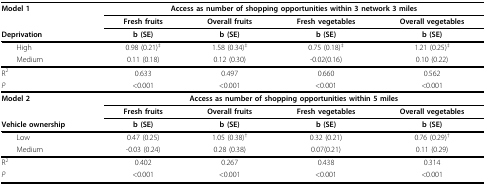
<table><thead><tr><td><b>Model 1</b></td><td colspan="4"><b>Access as number of shopping opportunities within 3 network 3 miles</b></td></tr><tr><td></td><td><b>Fresh fruits</b></td><td><b>Overall fruits</b></td><td><b>Fresh vegetables</b></td><td><b>Overall vegetables</b></td></tr><tr><td><b>Deprivation</b></td><td><b>b (SE)</b></td><td><b>b (SE)</b></td><td><b>b (SE)</b></td><td><b>b (SE)</b></td></tr></thead><tbody><tr><td> High</td><td>0.98 (0.21)<sup>‡</sup></td><td>1.58 (0.34)<sup>‡</sup></td><td>0.75 (0.18)<sup>‡</sup></td><td>1.21 (0.25)<sup>‡</sup></td></tr><tr><td> Medium</td><td>0.11 (0.18)</td><td>0.12 (0.30)</td><td>-0.02(0.16)</td><td>0.10 (0.22)</td></tr><tr><td>R<sup>2</sup></td><td>0.633</td><td>0.497</td><td>0.660</td><td>0.562</td></tr><tr><td><i>P</i></td><td>&lt;0.001</td><td>&lt;0.001</td><td>&lt;0.001</td><td>&lt;0.001</td></tr><tr><td><b>Model 2</b></td><td colspan="4"><b>Access as number of shopping opportunities within 5 miles</b></td></tr><tr><td></td><td><b>Fresh fruits</b></td><td><b>Overall fruits</b></td><td><b>Fresh vegetables</b></td><td><b>Overall vegetables</b></td></tr><tr><td><b>Vehicle ownership</b></td><td><b>b (SE)</b></td><td><b>b (SE)</b></td><td><b>b (SE)</b></td><td><b>b (SE)</b></td></tr><tr><td> Low</td><td>0.47 (0.25)</td><td>1.05 (0.38)<sup>†</sup></td><td>0.32 (0.21)</td><td>0.76 (0.29)<sup>†</sup></td></tr><tr><td> Medium</td><td>-0.03 (0.24)</td><td>0.28 (0.38)</td><td>0.07(0.21)</td><td>0.11 (0.29)</td></tr><tr><td>R<sup>2</sup></td><td>0.402</td><td>0.267</td><td>0.438</td><td>0.314</td></tr><tr><td><i>P</i></td><td>&lt;0.001</td><td>&lt;0.001</td><td>&lt;0.001</td><td>&lt;0.001</td></tr></tbody></table>